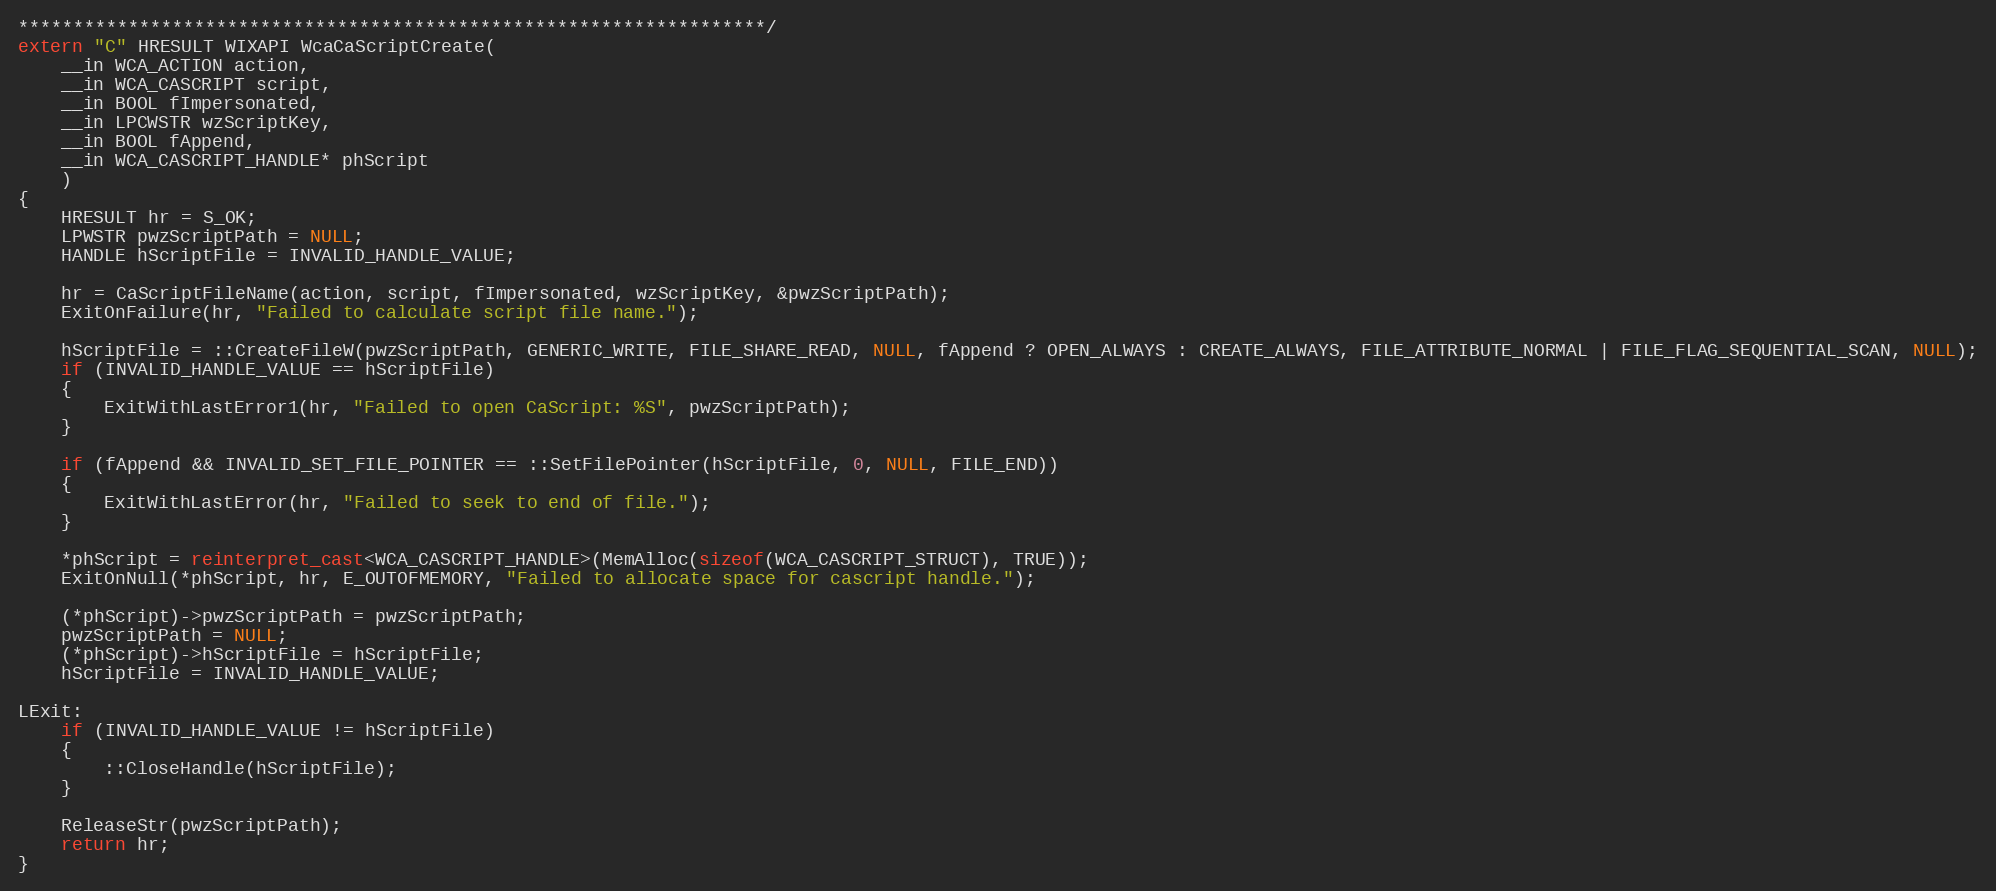
Language: C++
********************************************************************/
extern "C" HRESULT WIXAPI WcaCaScriptCreate(
    __in WCA_ACTION action,
    __in WCA_CASCRIPT script,
    __in BOOL fImpersonated,
    __in LPCWSTR wzScriptKey,
    __in BOOL fAppend,
    __in WCA_CASCRIPT_HANDLE* phScript
    )
{
    HRESULT hr = S_OK;
    LPWSTR pwzScriptPath = NULL;
    HANDLE hScriptFile = INVALID_HANDLE_VALUE;

    hr = CaScriptFileName(action, script, fImpersonated, wzScriptKey, &pwzScriptPath);
    ExitOnFailure(hr, "Failed to calculate script file name.");

    hScriptFile = ::CreateFileW(pwzScriptPath, GENERIC_WRITE, FILE_SHARE_READ, NULL, fAppend ? OPEN_ALWAYS : CREATE_ALWAYS, FILE_ATTRIBUTE_NORMAL | FILE_FLAG_SEQUENTIAL_SCAN, NULL);
    if (INVALID_HANDLE_VALUE == hScriptFile)
    {
        ExitWithLastError1(hr, "Failed to open CaScript: %S", pwzScriptPath);
    }

    if (fAppend && INVALID_SET_FILE_POINTER == ::SetFilePointer(hScriptFile, 0, NULL, FILE_END))
    {
        ExitWithLastError(hr, "Failed to seek to end of file.");
    }

    *phScript = reinterpret_cast<WCA_CASCRIPT_HANDLE>(MemAlloc(sizeof(WCA_CASCRIPT_STRUCT), TRUE));
    ExitOnNull(*phScript, hr, E_OUTOFMEMORY, "Failed to allocate space for cascript handle.");

    (*phScript)->pwzScriptPath = pwzScriptPath;
    pwzScriptPath = NULL;
    (*phScript)->hScriptFile = hScriptFile;
    hScriptFile = INVALID_HANDLE_VALUE;

LExit:
    if (INVALID_HANDLE_VALUE != hScriptFile)
    {
        ::CloseHandle(hScriptFile);
    }

    ReleaseStr(pwzScriptPath);
    return hr;
}